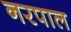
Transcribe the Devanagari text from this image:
नरपाल